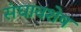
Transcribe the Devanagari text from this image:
संघावशेष